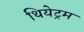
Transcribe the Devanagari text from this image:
थियेट्रम